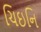
ચિઇનિ